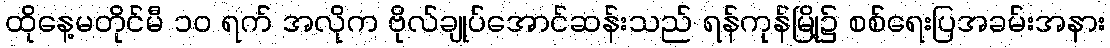
ထိုနေ့မတိုင်မီ ၁၀ ရက် အလိုက ဗိုလ်ချုပ်အောင်ဆန်းသည် ရန်ကုန်မြို့၌ စစ်ရေးပြအခမ်းအနား